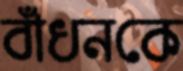
বাঁধনকে